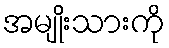
အမျိုးသားကို